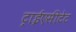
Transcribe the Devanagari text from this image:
ट्राईएसीटेट